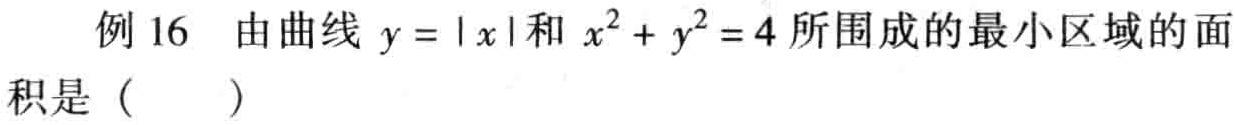
例 16 由曲线 \(y = |x|\)和 \(x^{2}+y^{2}=4\)所围成的最小区域的面
积是（  ）